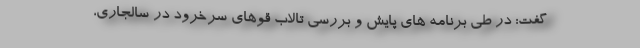
گفت: در طی برنامه های پایش و بررسی تالاب قوهای سرخرود در سالجاری،